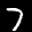
Label: 7